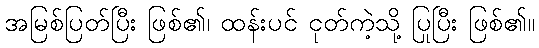
အမြစ်ပြတ်ပြီး ဖြစ်၏၊ ထန်းပင် ငုတ်ကဲ့သို့ ပြုပြီး ဖြစ်၏။